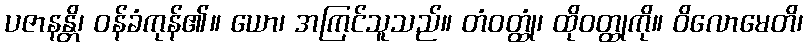
ပဇာနန္တိ၊ ဝန်ခံကုန်၏။ ယော၊ အကြင်သူသည်။ တံဝတ္ထုံ၊ ထိုဝတ္ထုကို။ ဝိလောမေတိ၊